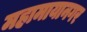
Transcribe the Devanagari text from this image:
महामायानगर